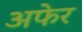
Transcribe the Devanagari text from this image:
अफेर